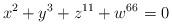
LaTeX: \begin{align*}x^2+y^3+z^{11}+w^{66}= 0 \end{align*}